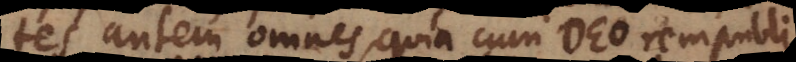
tes autem omnes, quia cum Deo rempubli